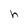
Character: h